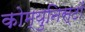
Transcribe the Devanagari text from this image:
कोम्युनिस्टों